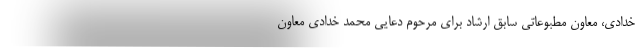
خدادی، معاون مطبوعاتی سابق ارشاد برای مرحوم دعایی محمد خدادی معاون